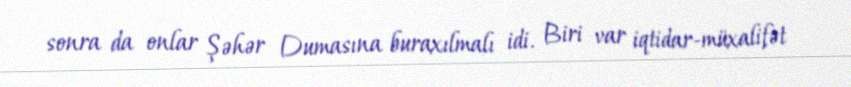
sonra da onlar Şəhər Dumasına buraxılmalı idi. Biri var iqtidar-müxalifət